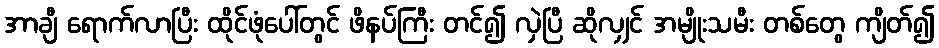
အာချီ ရောက်လာပြီး ထိုင်ဖုံပေါ်တွင် ဖိနပ်ကြီး တင်၍ လှဲပြီ ဆိုလျှင် အမျိုးသမီး တစ်တွေ ကျိတ်၍